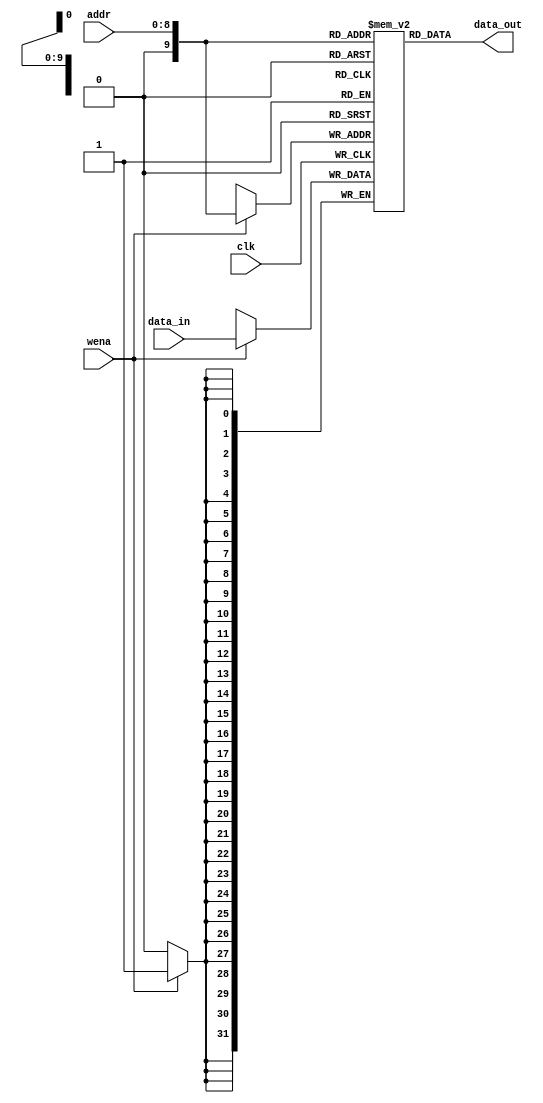
`timescale 1ns / 1ps
//////////////////////////////////////////////////////////////////////////////////
// Company: 
// Engineer: 
// 
// Design Name: 
// Module Name: ram
// Project Name: 
// Target Devices: 
// Tool Versions: 
// Description: 
// 
// Dependencies: 
// 
// Revision:
// Revision 0.01 - File Created
// Additional Comments:
// 
//////////////////////////////////////////////////////////////////////////////////

module ram(
        input clk,
        input wena,
        input [8:0] addr,
        input [31:0] data_in,
        output [31:0] data_out
        );
    
    reg [31:0] arrary [0:512];
    always@(posedge clk) begin
        if(wena) begin
            arrary[addr]<=data_in;
        end
    end 
    assign data_out=arrary[addr];
endmodule